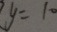
y = 1 0